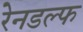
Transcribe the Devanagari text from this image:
रेनडल्फ